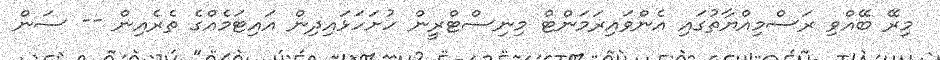
މިރޭ ބޭއްވި ރަސްމިއްޔާތުގައި އެންވައިރަމަންޓް މިނިސްޓްރީން ހުށަހަޅައިދިން އައިޓަމެއްގެ ތެރެއިން -- ސަން